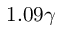
1 . 0 9 \gamma